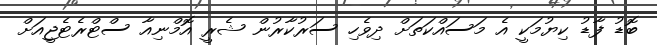
ބޮޑު ފާޑު ކިޔުމަކީ އެ މަސައްކަތަށް ދިވެހި ސަރުކާރުން ޝެރީ އޮމްނިއާ ސްޓްރެޓެޖީއަށް